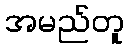
အမည်တူ